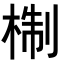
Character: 𭪩